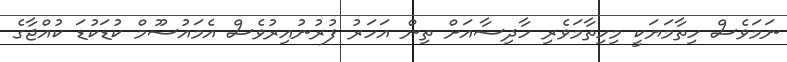
ނަަމަވެސް ހިތާމަޔަކީ މިހިތާމަވެރި ހާދިސާއަށް ތިން އަހަރު ފުރުނުއިރުވެސް އެމައުސޫމް ކުޑަކުޑަ ކުއްޖާގެ